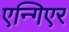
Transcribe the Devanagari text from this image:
एन्गिएर